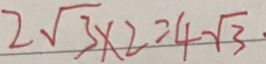
2 \sqrt { 3 } \times 2 = 4 \sqrt { 3 }